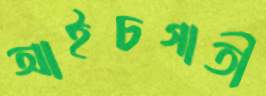
আইচগাতী